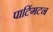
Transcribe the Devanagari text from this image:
पाटिंगटन